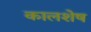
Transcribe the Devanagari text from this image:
कालशेष